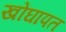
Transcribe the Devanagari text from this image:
खोंघापत